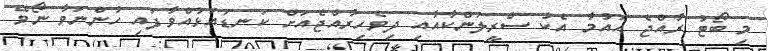
މި ބޯޓު ރާއްޖެ އައުމާ އެކު ސްރީލަންކާއާއި ދިވެހިރާއްޖެއަށް ކަނޑައަޅުއްވާފައި ހުންނަވާ ނޯވޭ